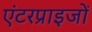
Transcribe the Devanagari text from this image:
एंटरप्राइजों